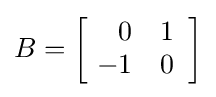
B=\left[{\begin{array}{rr}0&1\\\!-1&0\end{array}}\right]